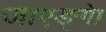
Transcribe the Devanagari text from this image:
जाएङ्गे।